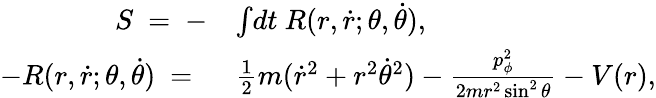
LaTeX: \begin{array}{rl}{S~=~-}&{\int\! dt~R(r,\dot{r};\theta,\dot{\theta}),}\\ {-R(r,\dot{r};\theta,\dot{\theta})~=~}&{\frac{1}{2}m(\dot{r}^{2}+r^{2}\dot{\theta}^{2})-\frac{p_{\phi}^{2}}{2mr^{2}\sin^{2}\theta}-V(r),}\end{array}